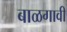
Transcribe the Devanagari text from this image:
बाळगावी